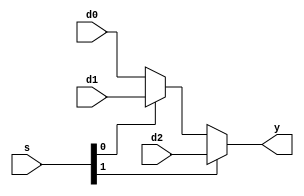
`timescale 1ns / 1ps


module mux3 #(parameter WIDTH = 8)
					 (input [WIDTH-1:0] d0, d1, d2,
					  input [1:0] s, 
					  output [WIDTH-1:0] y);
					  
	assign #1 y = s[1] ? d2 : (s[0] ? d1 : d0);
	
endmodule